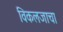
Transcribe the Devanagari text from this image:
विकलजाचा